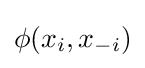
\phi ({{x}_{i}},{{x}_{-i}})